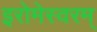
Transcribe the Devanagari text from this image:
इरोमेस्वरम्